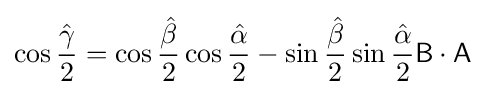
\cos {\frac {\hat {\gamma }}{2}}=\cos {\frac {\hat {\beta }}{2}}\cos {\frac {\hat {\alpha }}{2}}-\sin {\frac {\hat {\beta }}{2}}\sin {\frac {\hat {\alpha }}{2}}{\mathsf {B}}\cdot {\mathsf {A}}